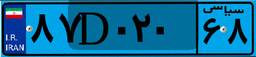
۸۷D۰۲۰۶۸